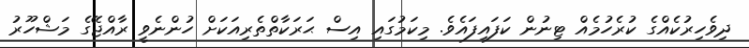
ދިވެހިރުކެއްގެ ކުރެހުމެއް ޓިނުން ކަފައިފައެވެ. މިކަމުގައި އިސް ޙަރަކާތްތެރިއަކަށް ހުންނެވީ ރާއްޖޭގެ މަޝްހޫރު